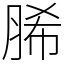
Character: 脪